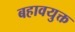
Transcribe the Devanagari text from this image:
बहावयुक्त